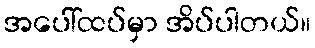
အပေါ်ထပ်မှာ အိပ်ပါတယ်။